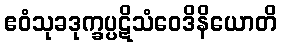
ဧဝံသုခဒုက္ခပ္ပဋိသံဝေဒိနိယောတိ